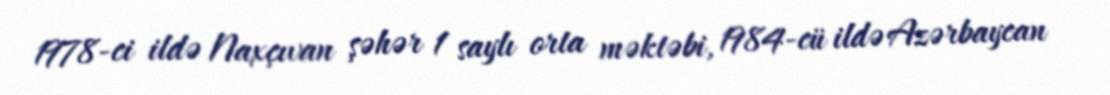
1978-ci ildə Naxçıvan şəhər 1 saylı orta məktəbi, 1984-cü ildə Azərbaycan